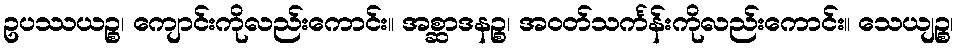
ဥပဿယဉ္စ၊ ကျောင်းကိုလည်းကောင်း။ အစ္ဆာဒနဉ္စ၊ အဝတ်သင်္ကန်းကိုလည်းကောင်း။ သေယျဉ္စ၊